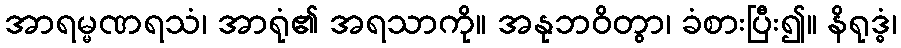
အာရမ္မဏရသံ၊ အာရုံ၏ အရသာကို။ အနုဘဝိတွာ၊ ခံစားပြီး၍။ နိရုဒ္ဓံ၊